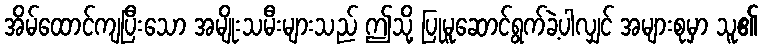
အိမ်ထောင်ကျပြီးသော အမျိုးသမီးများသည် ဤသို့ ပြုမူဆောင်ရွက်ခဲ့ပါလျှင် အများစုမှာ သူ၏